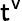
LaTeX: {\sf t^{v}}